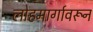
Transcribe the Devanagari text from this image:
लोहमार्गावरून